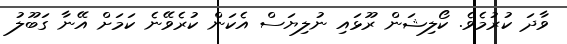
ވާދަ ކުރުމެވެ. ކޯލިޝަން ރޫޅައި ނުލިޔަސް އެކަން ކުރެވޭނެ ކަމަށް އޭނާ ގަބޫލު